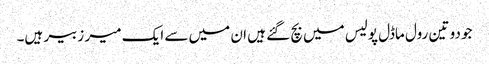
جو دو تین رول ماڈل پولیس میں بچ گئے ہیں ان میں سے ایک میر زبیر ہیں۔